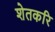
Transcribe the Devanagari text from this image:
शेतकरि